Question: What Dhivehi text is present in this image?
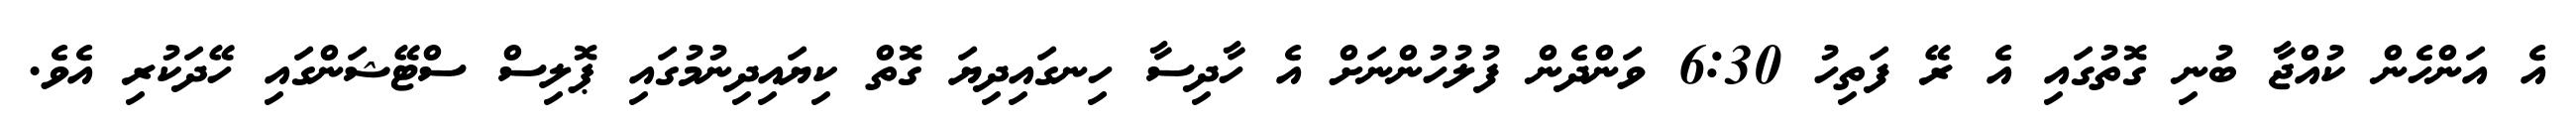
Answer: އެ އަންހެން ކުއްޖާ ބުނި ގޮތުގައި އެ ރޭ ފަތިހު 6:30 ވަންދެން ފުލުހުންނަށް އެ ހާދިސާ ހިނގައިދިޔަ ގޮތް ކިޔައިދިނުމުގައި ޕޮލިސް ސްޓޭޝަންގައި ހޭދަކުރި އެވެ.